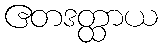
ဧတဒတ္ထာယ